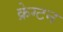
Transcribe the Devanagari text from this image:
क्रेग्टन